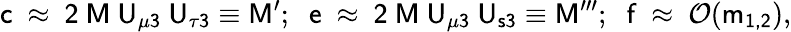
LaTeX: \mathsf{c~\approx~2~M~U_{\mu 3}~U_{\tau 3}}\equiv\mathsf{M^{\prime}};\; \; \mathsf{e~\approx~2~M~U_{\mu 3}~U_{s3}}\equiv\mathsf{M^{\prime\prime\prime}};\; \; \mathsf{f~\approx~}\mathcal{O}(\mathsf{m_{1,2}}),